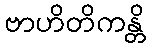
ဗာဟိတိကန္တိ